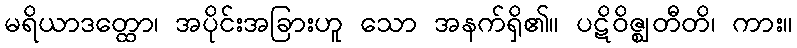
မရိယာဒတ္ထော၊ အပိုင်းအခြားဟူ သော အနက်ရှိ၏။ ပဋိဝိဇ္ဈတီတိ၊ ကား။